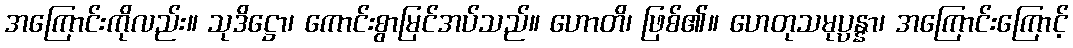
အကြောင်းကိုလည်း။ သုဒိဋ္ဌော၊ ကောင်းစွာမြင်အပ်သည်။ ဟောတိ၊ ဖြစ်၏။ ဟေတုသမုပ္ပန္နာ၊ အကြောင်းကြောင့်